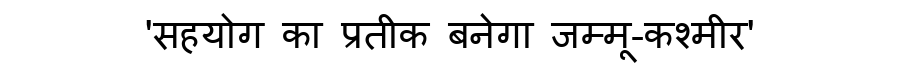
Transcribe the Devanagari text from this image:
'सहयोग का प्रतीक बनेगा जम्मू-कश्मीर'